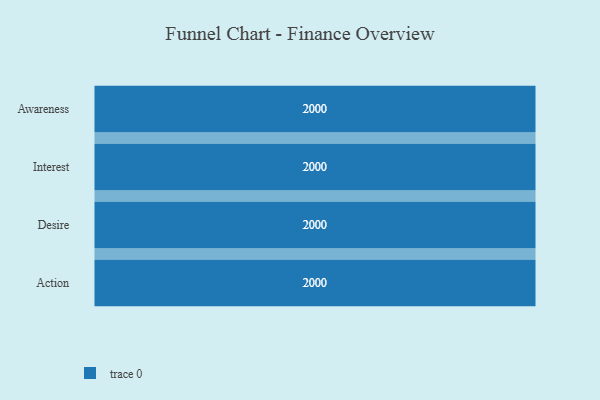
{"axis": {"x": "Stage", "y": "Value"}, "legend": [""], "data": [{"x": "Awareness", "y": 2000, "type": ""}, {"x": "Interest", "y": 2000, "type": ""}, {"x": "Desire", "y": 2000, "type": ""}, {"x": "Action", "y": 2000, "type": ""}]}